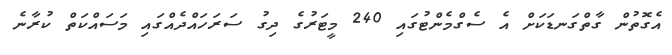
އެގޮތުން ގާތްގަނޑަކަށް އެ ސެގްމެންޓުގައި 240 މީޓަރުގެ ދިގު ސަރަހައްދެއްގައި މަސައްކަތް ކުރާނެ